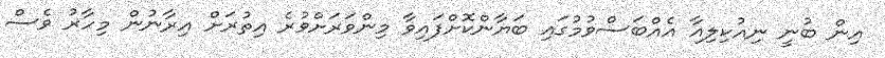
އިން ބުނީ ނިއުކިލިއާ އެއްބަސްވުމުގައި ބަޔާންކޮށްފައިވާ މިންވަރަށްވުރެ އިތުރަށް އިރާނުން މިހާރު ވެސް